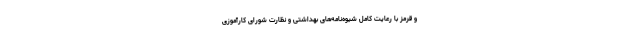
و قرمز با رعایت کامل شیوه‌نامه‌های بهداشتی و نظارت شورای کارآموزی